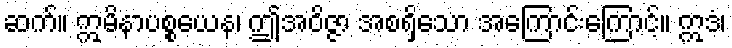
ဆက်။ ဣမိနာပစ္စယေန၊ ဤအဝိဇ္ဇာ အစရှိသော အကြောင်းကြောင့်။ ဣဒံ၊